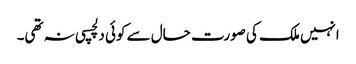
انہیں ملک کی صورت حال سے کوئی دلچسپی نہ تھی۔